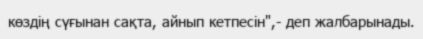
көздің сүғынан сақта, айнып кетпесін",- деп жалбарынады.